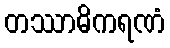
တဿာဓိကရဏံ